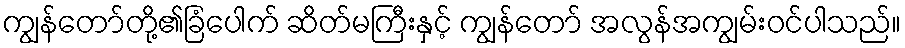
ကျွန်တော်တို့၏ခြံပေါက် ဆိတ်မကြီးနှင့် ကျွန်တော် အလွန်အကျွမ်းဝင်ပါသည်။